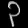
Digit: ၃